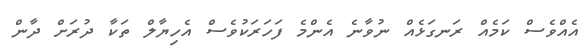
އެއްވެސް ކަމެއް ރަނގަޅެއް ނުވާނެ އެންމެ ފަހަރަކުވެސް އެހިޔާލް ތަކާ ދުރަށް ދާން